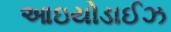
આઇયોડાઈઝ